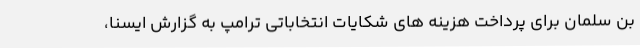
بن سلمان برای پرداخت هزینه های شکایات انتخاباتی ترامپ به گزارش ایسنا،